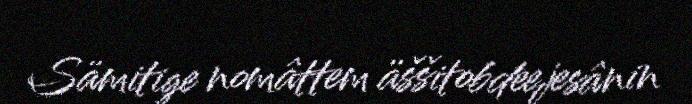
Sämitige nomâttem äššitobdeejesânin